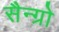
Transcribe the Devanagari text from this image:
सैन्ग्रो